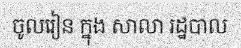
ចូលរៀន ក្នុង សាលា រដ្ឋបាល